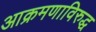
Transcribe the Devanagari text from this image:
आक्रमणाविरुद्ध